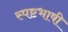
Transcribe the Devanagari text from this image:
स्पष्टभाषी